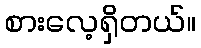
စားလေ့ရှိတယ်။